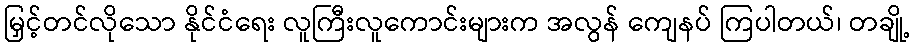
မြှင့်တင်လိုသော နိုင်ငံရေး လူကြီးလူကောင်းများက အလွန် ကျေနပ် ကြပါတယ်၊ တချို့